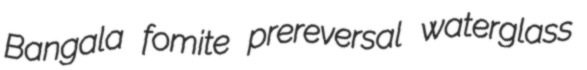
Bangala fomite prereversal waterglass